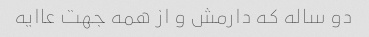
دو ساله که دارمش و از همه جهت عاایه